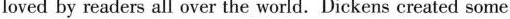
loved by readers all over the world. Dickens created some